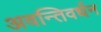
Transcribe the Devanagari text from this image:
अवन्तिवर्धन